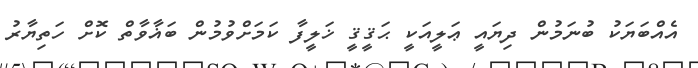
އެއްބަޔަކު ބުނަމުން ދިޔައީ ޢަލީއަކީ ޙަޤީޤީ ޚަލީފާ ކަމަށްވުމުން ބަޣާވާތް ކޮށް ހަތިޔާރު